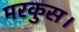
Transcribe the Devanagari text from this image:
मरकुस।